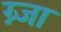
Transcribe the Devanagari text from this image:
ग्न्जा